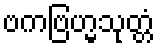
ဗကဗြဟ္မသုတ္တံ